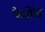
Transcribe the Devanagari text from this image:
रैमोंस